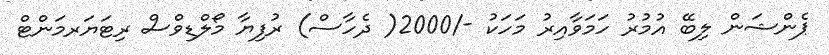
ޕެންޝަން ލިބޭ އުމުރު ހަމަވާއިރު މަހަކު -/2000( ދެހާސް) ރުފިޔާ މޯލްޑިވްސް ރިޓަޔަރމަންޓް